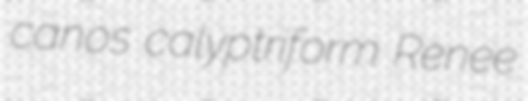
canos calyptriform Renee